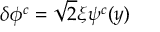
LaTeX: \delta \phi ^ { c } = \sqrt { 2 } \xi \psi ^ { c } ( y ) \,